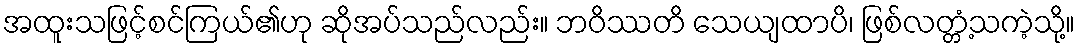
အထူးသဖြင့်စင်ကြယ်၏ဟု ဆိုအပ်သည်လည်း။ ဘဝိဿတိ သေယျထာပိ၊ ဖြစ်လတ္တံ့သကဲ့သို့။